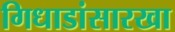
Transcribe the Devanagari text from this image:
गिधाडांसारखा